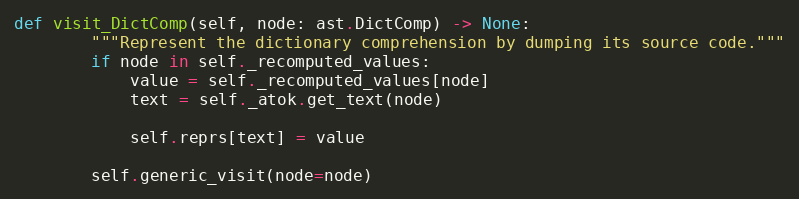
Language: Python
def visit_DictComp(self, node: ast.DictComp) -> None:
        """Represent the dictionary comprehension by dumping its source code."""
        if node in self._recomputed_values:
            value = self._recomputed_values[node]
            text = self._atok.get_text(node)

            self.reprs[text] = value

        self.generic_visit(node=node)